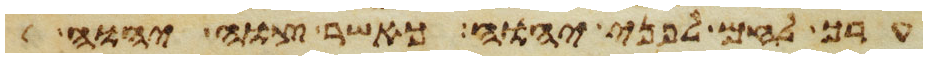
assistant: ערך לחם לפני יהוה כאשר צוה יהוה